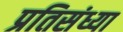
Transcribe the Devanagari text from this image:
प्रतिसंध्या